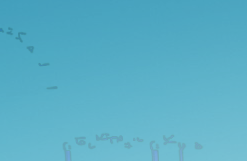
محلات بيع الأدوات المكتبي